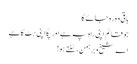
باقی وہ رہ جائے گا
جو قائم اپنی راہ پہ ہے اور پکّا اپنی ہَٹ کا ہے
اے شیخ و برہمن، سُنتے ہو!